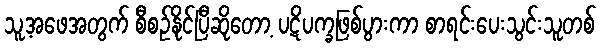
သူ့အဖေအတွက် စီစဉ်နိုင်ပြီဆိုတော့ ပဋိပက္ခဖြစ်ပွားကာ စာရင်းပေးသွင်းသူတစ်